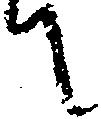
て